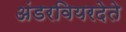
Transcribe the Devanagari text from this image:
अंडरवियरदेते